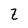
Character: Z